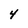
Character: 4